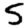
Digit: 5